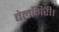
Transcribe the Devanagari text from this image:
बेलगिरी।